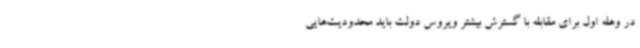
در وهله اول برای مقابله با گسترش بیشتر ویروس دولت باید محدودیت‌هایی